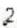
2